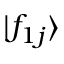
| f _ { 1 j } \rangle